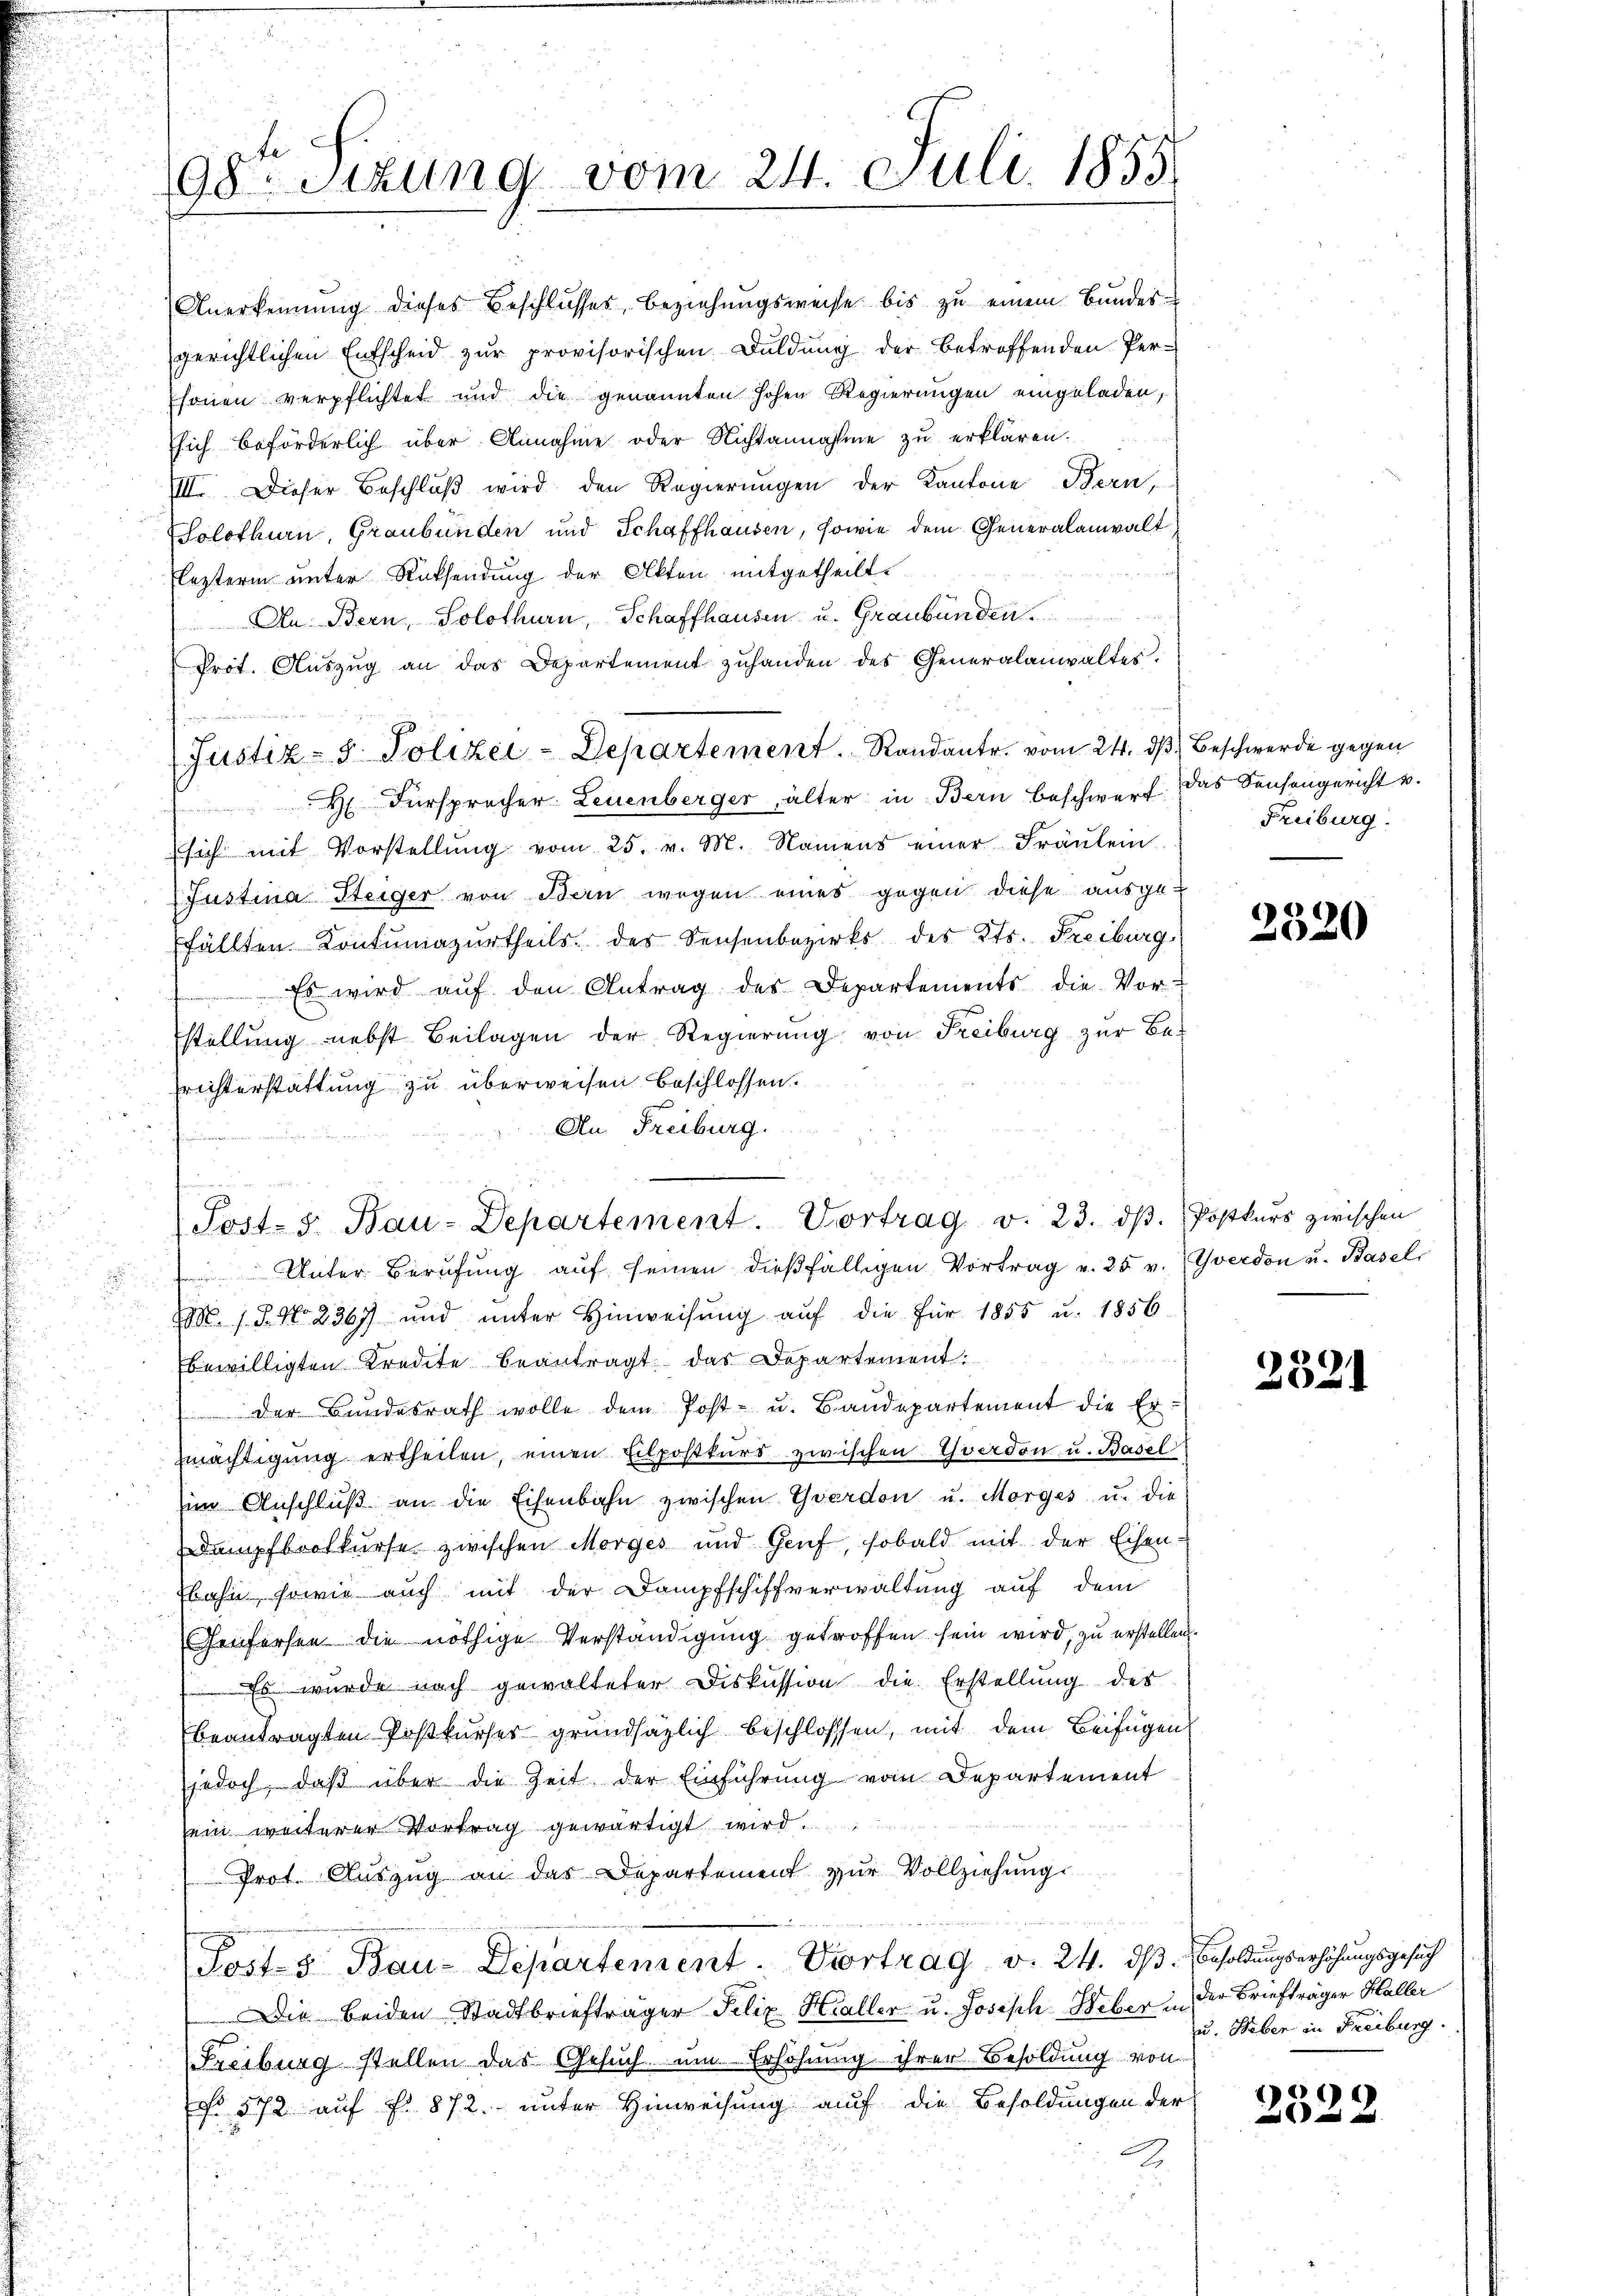
Justiz- & Polizei-Departement. Randant. vom 24. dβ. Beschwerde gegen
H. Fürsprocher Leuenberger, älter in Bern beschwerf. Das Sensengericht u.
sich mit Vorstellŭng vom 25. v. M. Namens einer Fräŭlein
Justina Steiger von Bern wegen eines gegen diese ausge-
fällten. Kontumazŭrtheils des Sensenbezirks des Kts. Freiburg,
 Es wird aŭf den Antrag der Departements die Vor-
stellung nebst Beilagen der Regierung von Freiburg zur Berichterstattung zu überweisen beschlossen.
An Freiburg.
 Unter Berufung aŭf seinen dießfälligen Vortrag v. 25 v. Yverdon u. Basel
M. s. 3. No 2367) und ŭnter Hinweisŭng aŭf die für 1855 u. 1856
bewilligten Kredite beantragt das Departement.
 der Bundesrath wolle dem Post- u. Baudepartement die Er-
mächtigung ertheilen, einen Eilpostkurs zwischen Yverdon u. Basel
im Anschluß an die Eisenbahn zwischen Yverdon u. Morges u. die
Dampfbrotkurse zwischen Morges und Genf, sobald mit der Eisenbahn, sowie auch mit der Dampfschiffverwaltung auf dem
Genferten die nöthige Verständigung getroffen sein wird, zu erstellen.
 Es wurde nach gewalteter Diskussion die Erstellung des
beantragten Postkurser grundsäglich beschlossen, mit dem Beifügen
jedoch, daß über die Zeit der Einführung vom Departement
sein weiterer Vortrag gewärtigt wird.
Prot. Auszug an das Departement zur Vollziehung
Posts Bau-Departement. Vortrag d. 24. dß. Besoldungserhöhungsgesuch
Die beiden Stadtbriefträger Felix Haller u. Joseph Heber in der Briefträger Haller
Freiburg stellen das Gesuch um Erhöhnung ihrer Besoldung von
. 572 auf §. 872. unter Hinweisung auf die Besoldungen der
2

98. Sitzung vom 24. Juli 1855

n

Anerkennung dieses Beschlusses, beziehungsweise bis zu einem Bundes-
gerichtlichen Entscheid zŭr provisorischen Duldung der betroffenden Per-
ssonen verpflichtet und die genannten hohen Regierungen eingeladen,
sich beförderlich über Annahme oder Nichtannahme zu erklären.
III. Dieser Beschluß wird den Regierungen der Kantone Bern,
Solothurn, Graubünden und Schaffhausen, sowie dem Generalanwalt
Elesterin unter Rücksendung der Akten mitgetheilte
An. Bern, Solothurn, Schaffhausen u. Graubünden.
Prot. Aŭszŭg an das Departement zŭhanden des Generalanwaltes.

i
Post- 5. Bau-Departement. Vortrag v. 23. ds. Postkurs zwischen

Freiburg.

2320

.
021

u. Heber in Freiburg.

E
2522